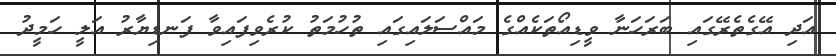
އަދި އޭގެތެރޭގައި ބަރަހަނާ ވީޑިއޯތަކެއްގެ މައްސަލައިގައި ތުހުމަތު ކުރެވިފައިވާ ފަނޑިޔާރު އަލީ ހަމީދު